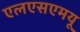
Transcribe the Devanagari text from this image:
एलएसएमयू